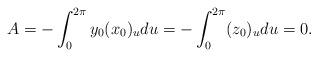
LaTeX: \begin{align*}A=-\int_{0}^{2\pi} y_0(x_0)_{u}du=-\int_{0}^{2\pi}(z_0)_{u}du=0. \end{align*}